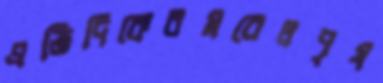
প্রতিদিকেরমবেলপৃষ